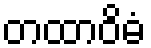
တထာဝိဓံ